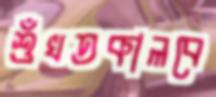
শুঁখতকালবে